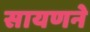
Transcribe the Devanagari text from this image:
सायणने